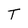
Character: T